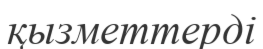
қызметтерді